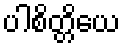
ပါစိတ္တိယေ